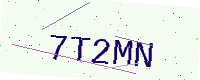
Text: 7T2MN